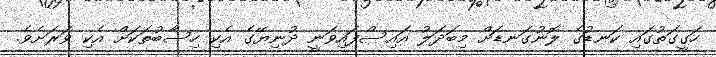
ހަގީގަތުގައި ކަނޑުގެ ލޮނުގަނޑަށް މިބަދަލު އައިސްފައިވަނީ ދުނިޔޭގެ އެކި ހިސާބުތަކަށް އެކި ވަރަށެވެ.